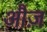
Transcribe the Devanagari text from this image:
औज़